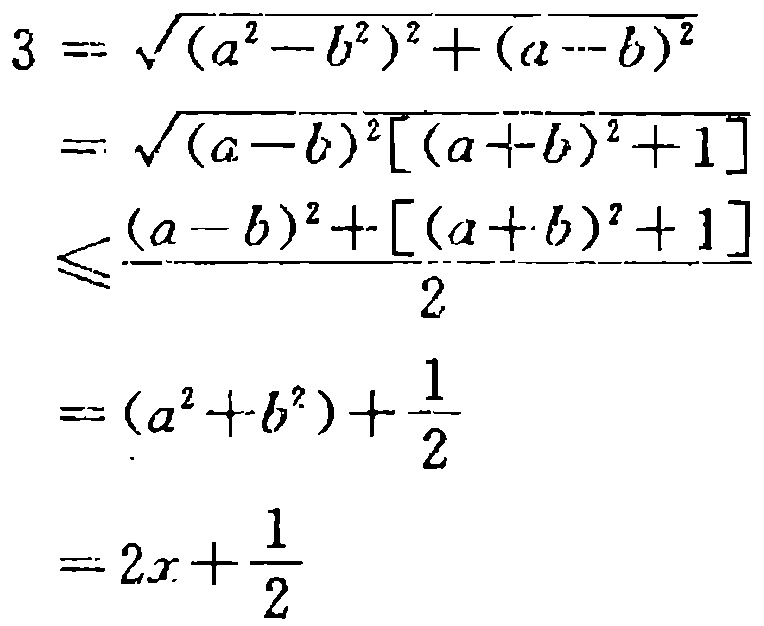
\[

\begin{align*}

3&=\sqrt{(a^{2}-b^{2})^{2}+(a - b)^{2}}\\

&=\sqrt{(a - b)^{2}[(a + b)^{2}+1]}\\

&\leqslant\frac{(a - b)^{2}+[(a + b)^{2}+1]}{2}\\

&=(a^{2}+b^{2})+\frac{1}{2}\\

&=2x+\frac{1}{2}

\end{align*}

\]